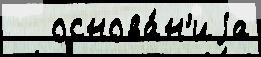
   основа́н'иjа